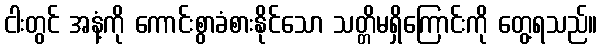
ငါးတွင် အနံ့ကို ကောင်းစွာခံစားနိုင်သော သတ္တိမရှိကြောင်းကို တွေ့ရသည်။